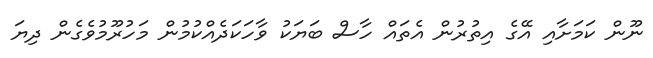
ނޫން ކަމަށާއި އޭގެ އިތުރުން އެތައް ހާސް ބަޔަކު ވާހަކަދެއްކުމުން މަހުރޫމުވެގެން ދިޔަ